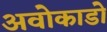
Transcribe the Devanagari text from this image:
अवोकाडो